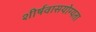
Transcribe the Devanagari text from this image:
शीर्षवासयोग्यता